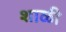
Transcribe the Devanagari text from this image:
शाळी